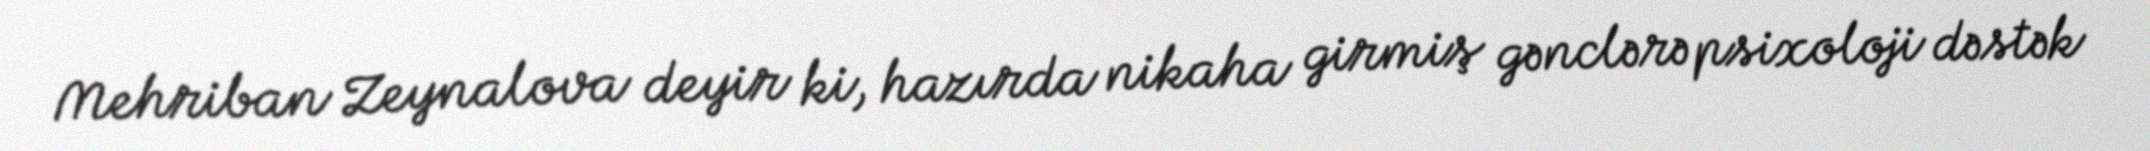
Mehriban Zeynalova deyir ki, hazırda nikaha girmiş gənclərə psixoloji dəstək